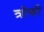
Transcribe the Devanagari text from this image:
त्रोफी